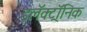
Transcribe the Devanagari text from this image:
इलॅक्ट्रॉनिक